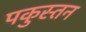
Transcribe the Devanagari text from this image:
पकुस्तन